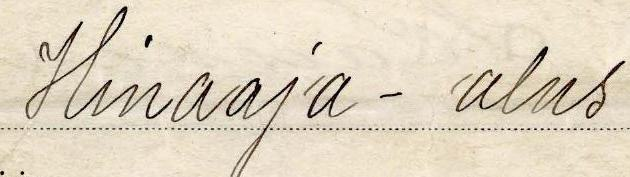
Hinaaja-alus